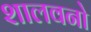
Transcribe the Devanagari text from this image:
शालवनो